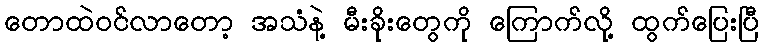
တောထဲဝင်လာတော့ အသံနဲ့ မီးခိုးတွေကို ကြောက်လို့ ထွက်ပြေးပြီ